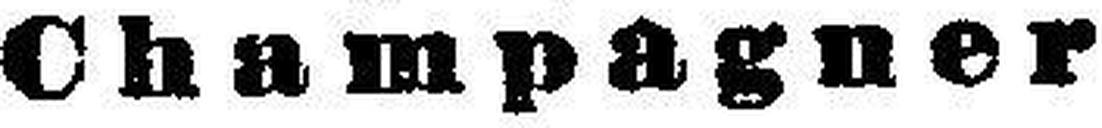
Champagner